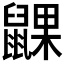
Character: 𬹮